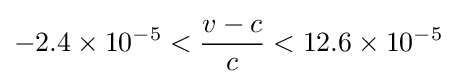
-2.4\times 10^{-5}<{\frac {v-c}{c}}<12.6\times 10^{-5}